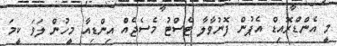
މީ އެންޑްރޮއިޑް އެޕުން ފޮނުވާލާ ޓެސްޓު މެސެޖެއް އިންޑިއާ މީހުން ލަވަ ކީމަ